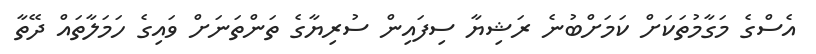
އެސްގެ މަގާމުތަކަށް ކަމަށްބުނެ ރަޝިޔާ ސިފައިން ސުރިޔާގެ ތަންތަނަށް ވައިގެ ހަމަލާތައް ދޭތާ